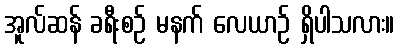
အူလ်ဆန် ခရီးစဉ် မနက် လေယာဉ် ရှိပါသလား။